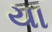
યા